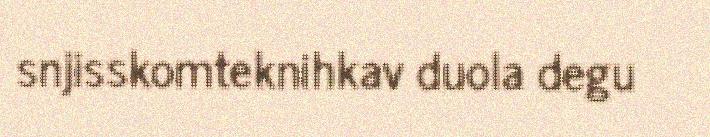
snjisskomteknihkav duola degu